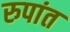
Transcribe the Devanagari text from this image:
रुपांत